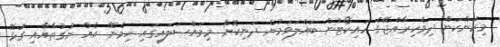
މިކަންކަން ދިވެހިރާއްޖޭގެ ހައިކޯޓުން ބައްލަވަމުން ދަނިކޮށް މިމައްސަލައިގައި ހިމެނޭ އެއް ނުގުތާއާއި ގުޅޭ